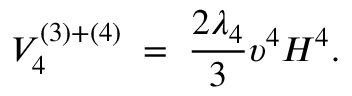
V _ { 4 } ^ { ( 3 ) + ( 4 ) } \; = \; \frac { 2 \lambda _ { 4 } } { 3 } \upsilon ^ { 4 } H ^ { 4 } .